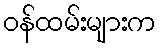
ဝန်ထမ်းများက